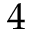
\mathsfit { 4 }